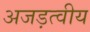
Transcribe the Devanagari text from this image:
अजड़त्वीय